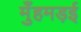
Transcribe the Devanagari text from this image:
मुँहमड़ई